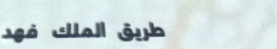
طريق الملك فهد